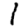
Digit: 1